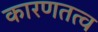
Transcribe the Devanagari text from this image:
कारणतत्व